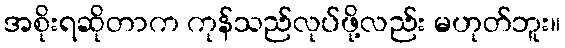
အစိုးရဆိုတာက ကုန်သည်လုပ်ဖို့လည်း မဟုတ်ဘူး။